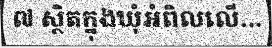
៧ ស្ថិតក្នុងឃុំអំពិលលើ...